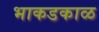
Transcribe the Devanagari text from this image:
भाकडकाळ